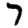
Digit: 7